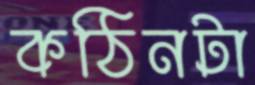
কঠিনটা